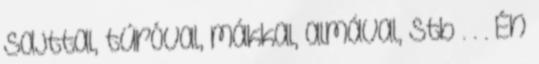
sajttal, túróval, mákkal, almával, stb . . . Én